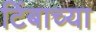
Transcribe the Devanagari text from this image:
टिंबाच्या